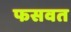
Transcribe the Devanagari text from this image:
फसवत